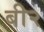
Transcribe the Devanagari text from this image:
बी२